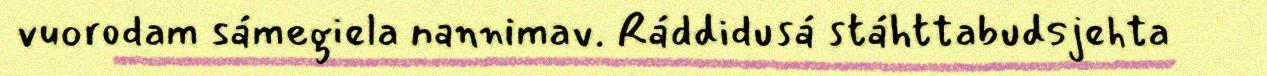
vuorodam sámegiela nannimav. Ráddidusá stáhttabudsjehta